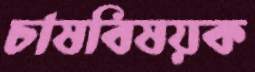
চাষবিষয়ক